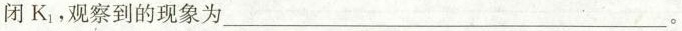
闭K_{1}，观察到的现象为___。